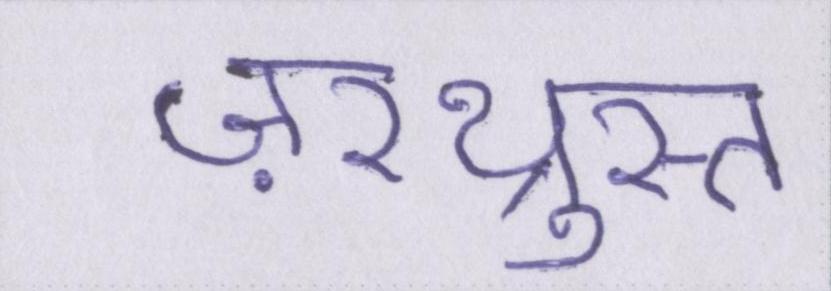
ज़रथ्रुस्त